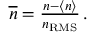
\begin{array} { r } { \overline { { n } } = \frac { n - \left< n \right> } { n _ { \mathrm { R M S } } } \, . } \end{array}